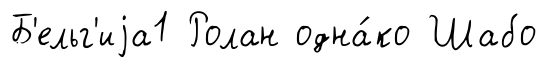
Б'ельг'иjа1 Ролан одна́ко Шабо